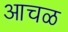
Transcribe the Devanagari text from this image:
आचळ